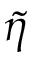
\tilde { \eta }